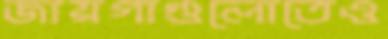
জায়গাগুলোতেও